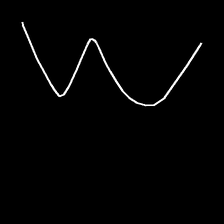
Glyph: crush